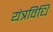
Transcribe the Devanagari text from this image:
यंत्रविधि